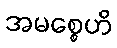
အမစ္စေဟိ